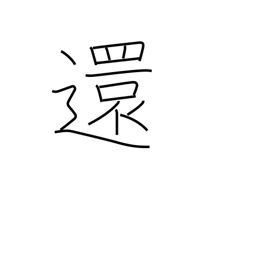
Meaning: send back